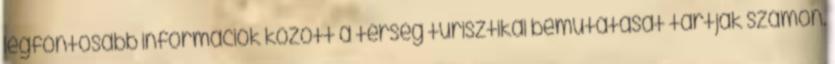
legfontosabb információk között a térség turisztikai bemutatását tartják számon.